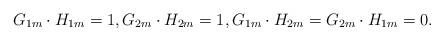
LaTeX: \begin{align*}G_{1m}\cdot H_{1m}=1,G_{2m}\cdot H_{2m}=1,G_{1m}\cdot H_{2m}=G_{2m}\cdot H_{1m}=0.\end{align*}